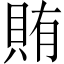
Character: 賄